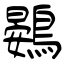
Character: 鷃